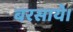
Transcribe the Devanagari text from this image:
बरसाये।